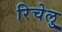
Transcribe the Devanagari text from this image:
रिचेलु